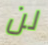
لن